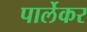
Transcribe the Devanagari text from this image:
पार्लेकर